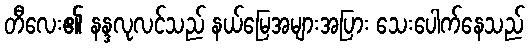
တီလေး၏ နန္ဒလုလင်သည် နယ်မြေအများအပြား သေးပေါက်နေသည်